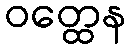
ဝတ္ထေန